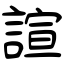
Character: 諠